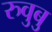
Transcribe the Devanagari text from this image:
रुवुबु